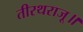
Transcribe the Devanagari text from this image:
तीरथराजू॥